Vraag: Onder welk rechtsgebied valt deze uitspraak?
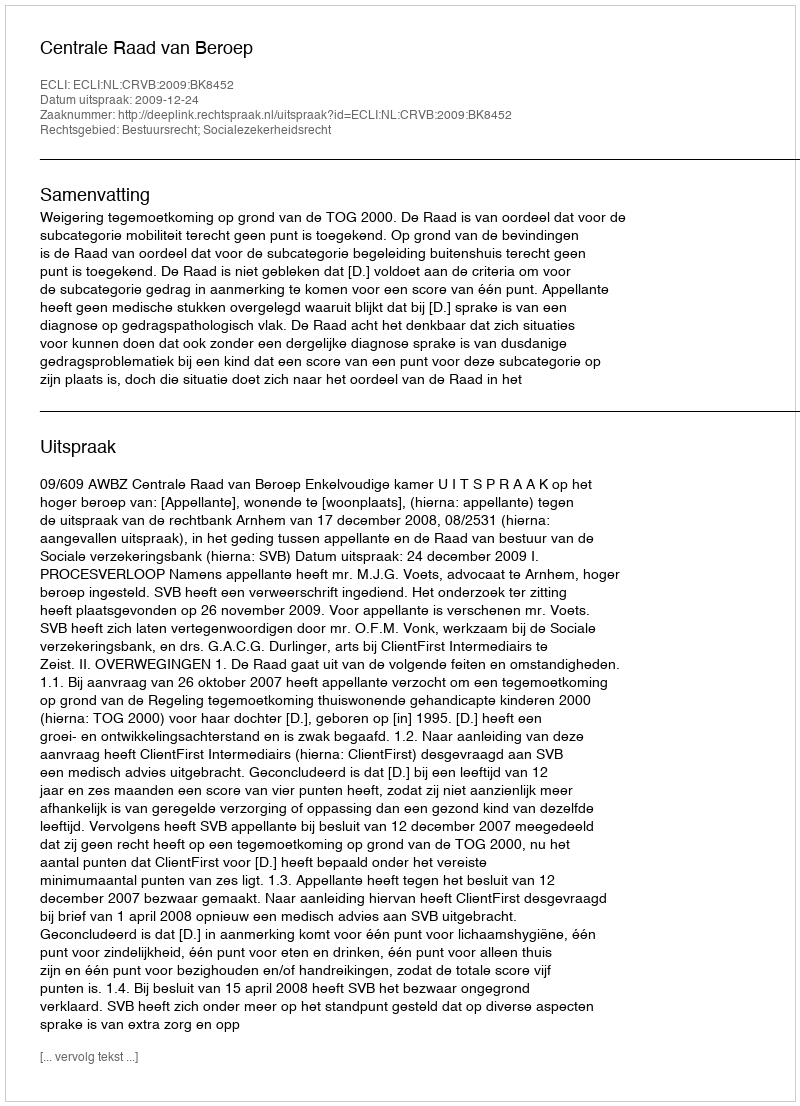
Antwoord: Bestuursrecht; Socialezekerheidsrecht